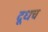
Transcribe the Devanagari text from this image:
दूधच